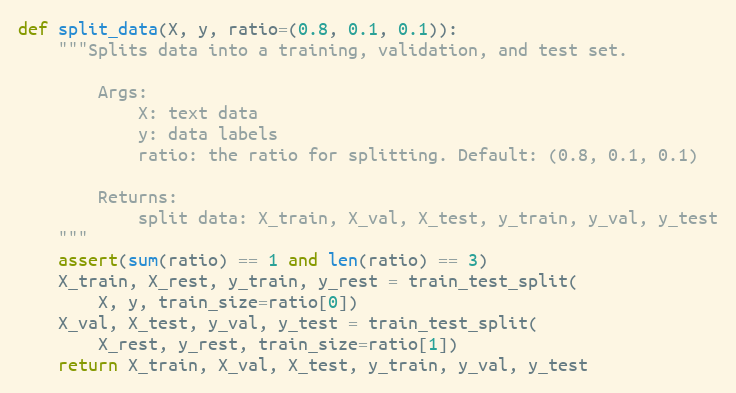
Language: Python
def split_data(X, y, ratio=(0.8, 0.1, 0.1)):
    """Splits data into a training, validation, and test set.

        Args:
            X: text data
            y: data labels
            ratio: the ratio for splitting. Default: (0.8, 0.1, 0.1)

        Returns:
            split data: X_train, X_val, X_test, y_train, y_val, y_test
    """
    assert(sum(ratio) == 1 and len(ratio) == 3)
    X_train, X_rest, y_train, y_rest = train_test_split(
        X, y, train_size=ratio[0])
    X_val, X_test, y_val, y_test = train_test_split(
        X_rest, y_rest, train_size=ratio[1])
    return X_train, X_val, X_test, y_train, y_val, y_test